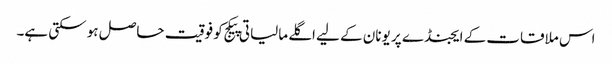
اس ملاقات کے ایجنڈے پر یونان کے لیے اگلے مالیاتی پیکج کو فوقیت حاصل ہو سکتی ہے۔